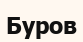
Буров